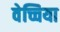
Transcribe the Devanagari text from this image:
वेच्चिया